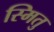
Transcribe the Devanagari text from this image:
स्मितु